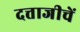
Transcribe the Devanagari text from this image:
दत्ताजीचें